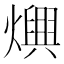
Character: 𤑍